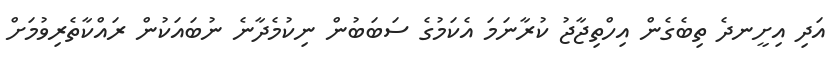
އަދި އިށީނދެ ތިބެގެން އިހްތިޖާޖު ކުރާނަމަ އެކަމުގެ ސަބަބުން ނިކުމެދާނެ ނުބައަކުން ރައްކާތެރިވުމަށް